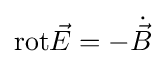
\mathrm {rot} {\vec {E}}=-{\dot {\vec {B}}}